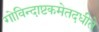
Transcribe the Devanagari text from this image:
गोविन्दाष्टकमेतदधीते